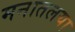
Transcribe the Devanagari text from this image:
मनातलया